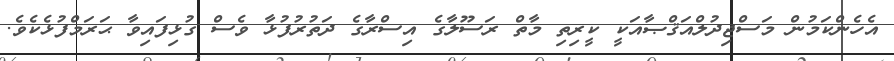
އެހެންކަމުން މަސްޖިދުލްއަޤްޞާއަކީ ކީރިތި މާތް ރަސޫލާގެ އިސްރާގެ ދަތުރުފުޅާ ވެސް ގުޅިފައިވާ ޙަރަމްފުޅެކެވެ.